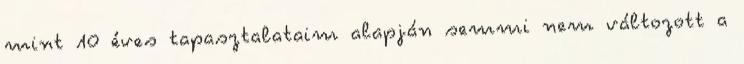
mint 10 éves tapasztalataim alapján semmi nem változott a